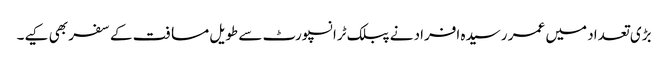
بڑی تعداد میں عمر رسیدہ افراد نے پبلک ٹرانسپورٹ سے طویل مسافت کے سفر بھی کیے۔